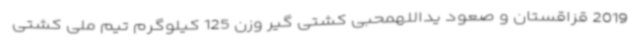
2019 قزاقستان و صعود یداللهمحبی کشتی گیر وزن 125 کیلوگرم تیم ملی کشتی